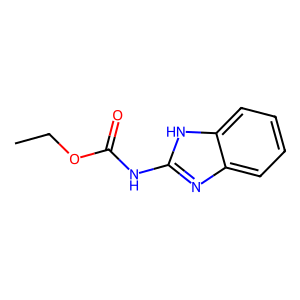
SMILES: CCOC(=O)Nc1nc2ccccc2[nH]1
Inhibits HIV replication: No